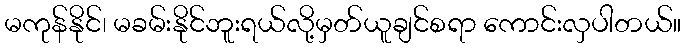
မကုန်နိုင်၊ မခမ်းနိုင်ဘူးရယ်လို့မှတ်ယူချင်စရာ ကောင်းလှပါတယ်။